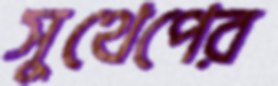
সুথেপের